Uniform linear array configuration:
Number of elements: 16
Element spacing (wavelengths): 1
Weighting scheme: blackman
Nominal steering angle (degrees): -30
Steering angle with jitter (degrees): -30.557
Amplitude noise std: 0.05
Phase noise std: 0.05

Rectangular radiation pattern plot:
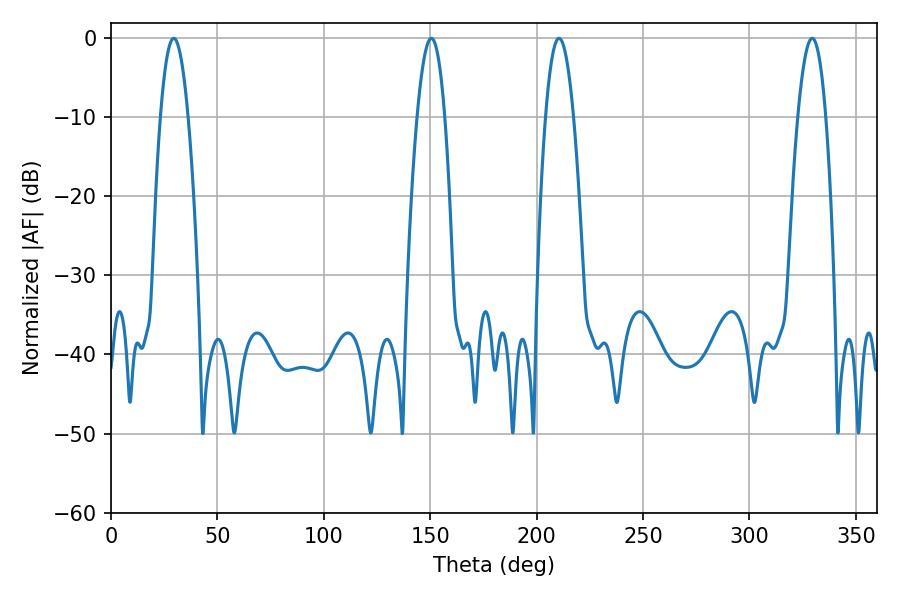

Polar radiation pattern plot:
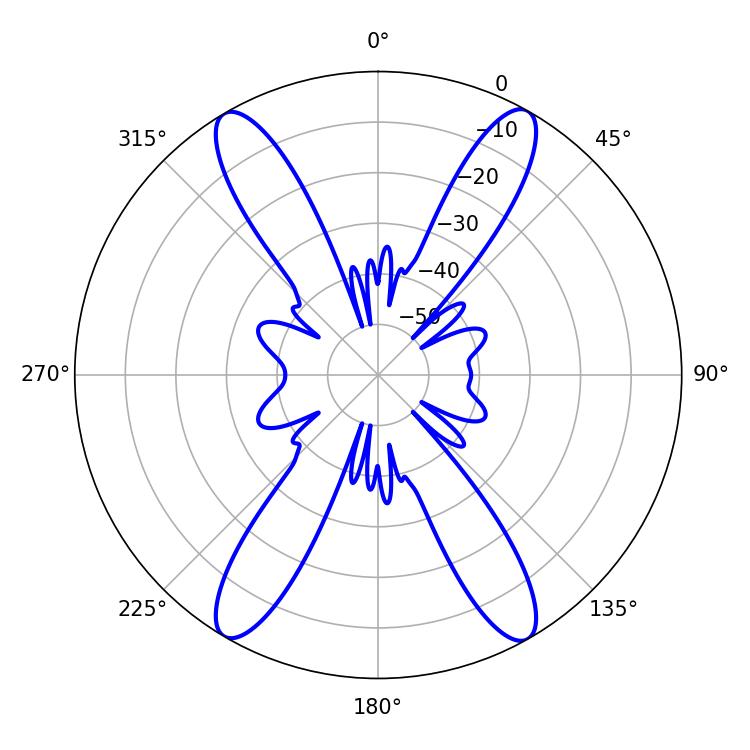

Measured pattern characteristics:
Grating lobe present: TRUE
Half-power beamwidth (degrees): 7.2
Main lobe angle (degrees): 29.52